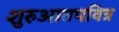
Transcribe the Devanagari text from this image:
शुरुआतपवित्र